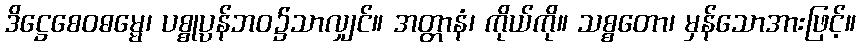
ဒိဋ္ဌေစေဝဓမ္မေ၊ ပစ္စုပ္ပန်ဘဝ၌သာလျှင်။ အတ္တာနံ၊ ကိုယ်ကို။ သစ္စတော၊ မှန်သောအားဖြင့်။